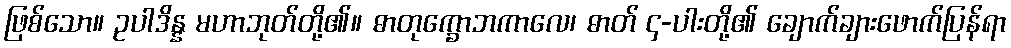
ဖြစ်သော။ ဥပါဒိန္န မဟာဘုတ်တို့၏။ ဓာတုက္ခောဘကာလေ၊ ဓာတ် ၄-ပါးတို့၏ ချောက်ချားဖောက်ပြန်ရာ